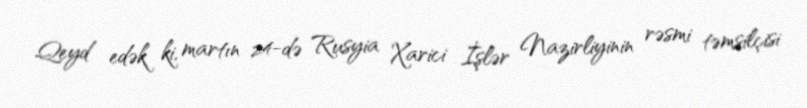
Qeyd edək ki, martın 24-də Rusyia Xarici İşlər Nazirliyinin rəsmi təmsilçisi